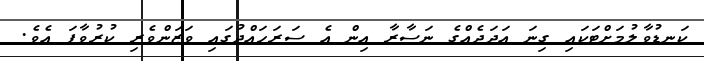
ކަނޑުވާލުމަށްޓަކައި ގިނަ އަދަދެއްގެ ނަސާރާ އިން އެ ސަރަހައްދުގައި ވަޒަންވެރި ކުރުވާފަ އެވެ.